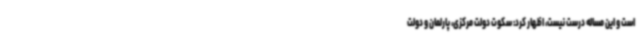
است و این مساله درست نیست، اظهار کرد: سکوت دولت مرکزی، پارلمان و دولت